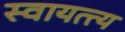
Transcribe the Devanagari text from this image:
स्वायत्त्य